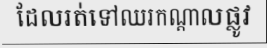
ដែលរត់ទៅឈរកណ្តាលផ្លូវ